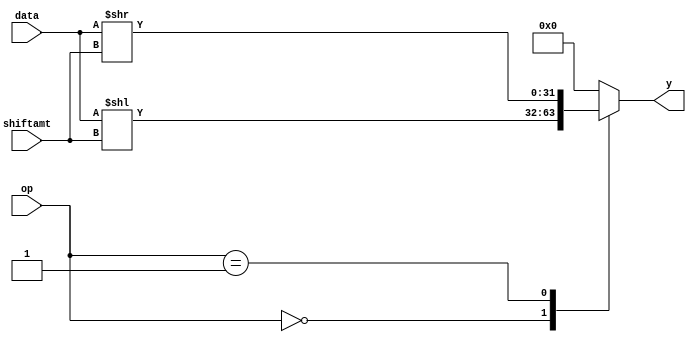
/*
 data: [input 32-bit] input data of the Shifter
 shitftamt: [input 5-bit] shift amount
 op: [input 3-bit] operation bit of the Shifter
      when op is 3'd0, shift logical left
	  when op is 3'd1, shift logical right
 y: [output 32-bit] output data of the Shifter 
*/
module shifter(data, shiftamt, op, y);

  input [31:0] data;
  input [4:0] shiftamt;
  input [2:0] op;
  output reg [31:0] y;

  always @(data, shiftamt, op) begin
    case (op)
      3'd0 : y <= data << shiftamt;	// Shift Logical Left
      3'd1 : y <= data >> shiftamt;	// Shift Logical Right
      default: y <= 0;
    endcase
  end

endmodule